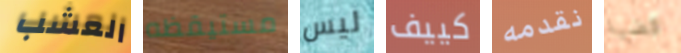
العشب مستيقظه ليس كييف نقدمه قضية